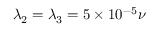
\lambda _ { 2 } = \lambda _ { 3 } = 5 \times 1 0 ^ { - 5 } \nu